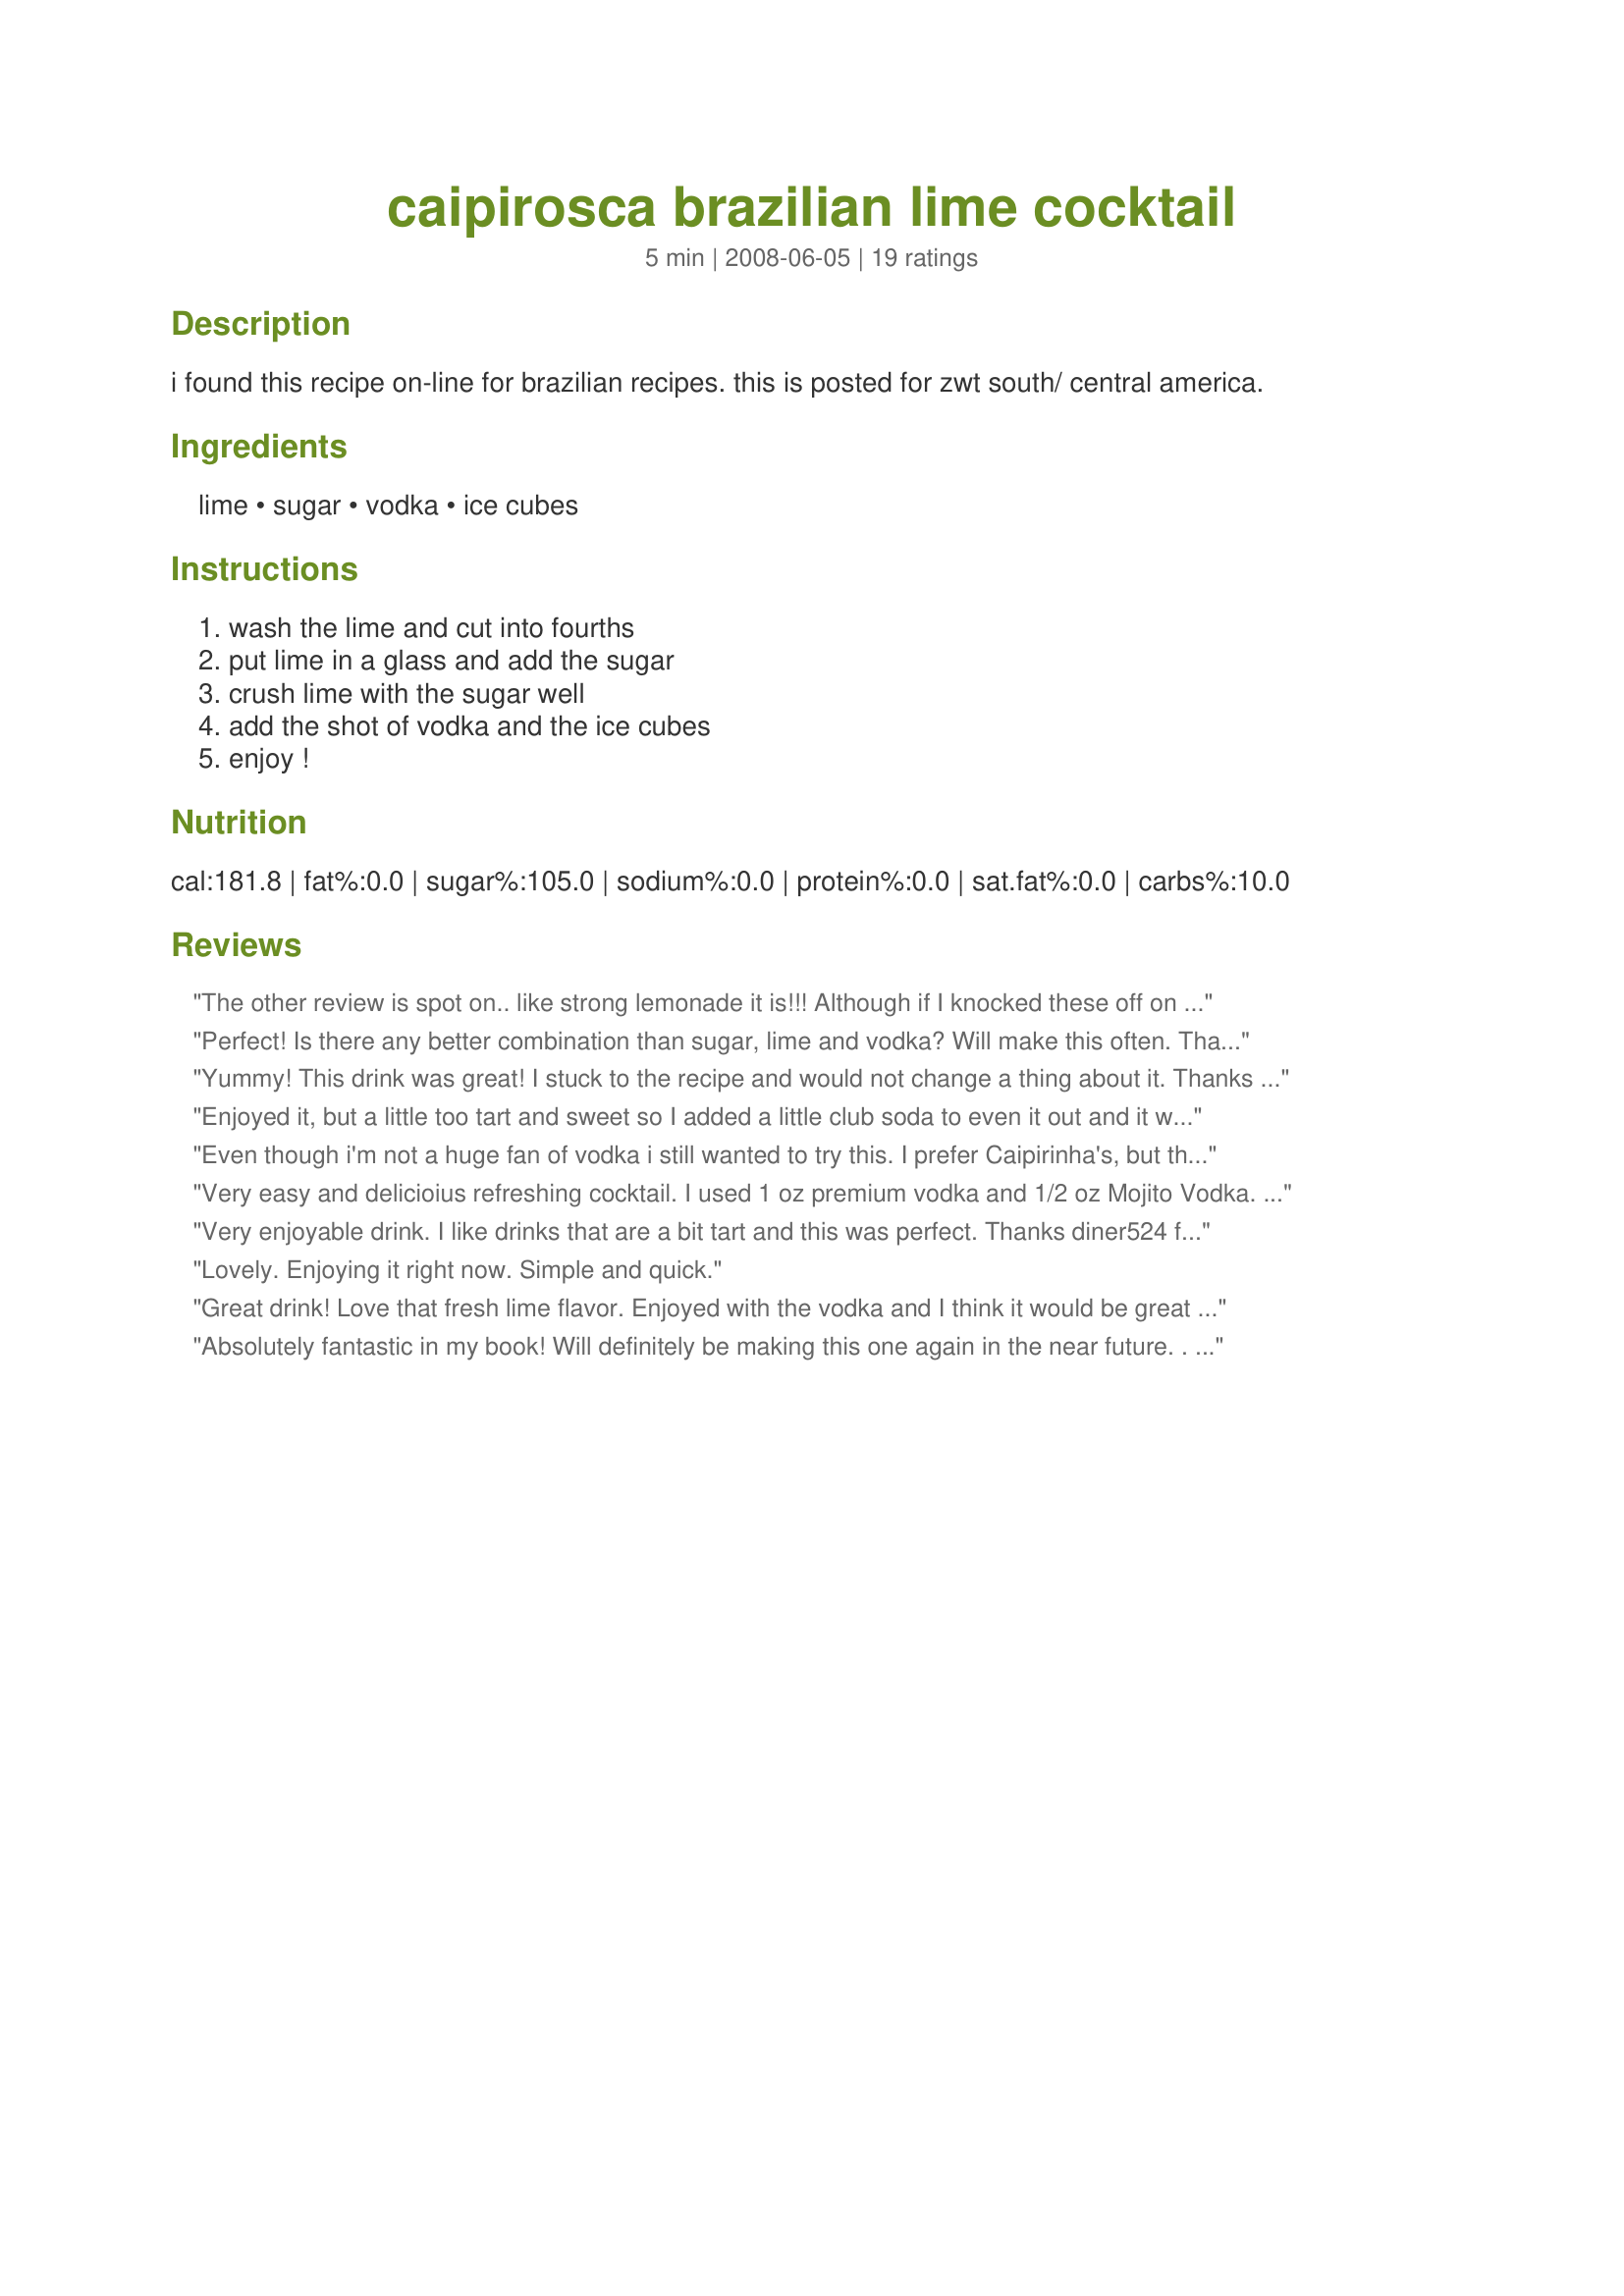
caipirosca brazilian lime cocktail
Preparation time: 5 minutes

i found this recipe on-line for brazilian recipes. this is posted for zwt south/ central america.

Ingredients:
lime, sugar, vodka, ice cubes

Steps:
wash the lime and cut into fourths, put lime in a glass and add the sugar, crush lime with the sugar well, add the shot of vodka and the ice cubes, enjoy !

Reviews:
The other review is spot on.. like strong lemonade it is!!! Although if I knocked these off on too hot of a summer''s day I think it would catch up with you rather quickly... not for thirst quenching unless you were planning a nap afterwards anyway LOL. The limes and sugar work well together and the ice makes it very refreshing. ( My iceblocks were too big for the glass I photographed this in, I had another, deeper glass on hand to transfer this to once i'd stamped the limes.) Please see my Rating System: 4 lovely stars for a lemonade with a kick! Thanks!
Perfect! Is there any better combination than sugar, lime and vodka? Will make this often. Thanks diner!
Yummy! This drink was great! I stuck to the recipe and would not change a thing about it. Thanks will be making all the time.
Enjoyed it, but a little too tart and sweet so I added a little club soda to even it out and it was delicious.
Even though i'm not a huge fan of vodka i still wanted to try this.
I prefer Caipirinha's, but this was great too!
Made for the Tastebud Tickling Travellers, ZWT4
Very easy and delicioius refreshing cocktail. I used 1 oz premium vodka and 1/2 oz Mojito Vodka. The flavors were perfect! I will make this easy lil bevy again for sure. TFS -- (Made for Bevy Tag Beat the Heat 8/08) Cheers ~V
Very enjoyable drink. I like drinks that are a bit tart and this was perfect. Thanks diner524 for another great recipe. Made for ZWT4 the Flying Dutchess'.
Lovely. Enjoying it right now. Simple and quick.
Great drink! Love that fresh lime flavor. Enjoyed with the vodka and I think it would be great with rum or spiced rum too. Thanks for sharing the recipe!
Absolutely fantastic in my book! Will definitely be making this one again in the near future. . . Made for Bev Tag.
Loved it. I used splenda but other than that made as directed. Thanks diner. Made for Zarr Stars
This is a very good drink. I needed it and I enjoyed it a lot. Thanks Diner. Made for Zaar Star Game
I do enjoy a caipirosca. This is a classic recipe and very refreshing.
Very good! I used citrus vodka. I doubled the amount of vodka and used only one tablespoon of brown sugar. I did use the entire lime, though. I love lime, so this is a great drink for me. The citrus flavors keep the alcohol from tasting too strong.
Very refreshing and so simple. I will keep fresh limes on my grocery list from now on. I made these for my everyday's a holiday tag game.
The only change I made was to decrease the sugar. This is a great vodka drink...I'll make it again. Made for I recommend tag!
Very good reviewed for ZWT7.
Nice, simple and clean! If you like lime and vodka try this! Great drink! *Made for Bev Tag*
I was pleasantly surprised by this drink. I thought it would be way too strong for me but the juice from the lime and the sugar made this actually taste like a very strong glass of limeade. Nice drink for a hot summer day. Made for ZWT4.
